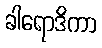
ခါရောဒိကာ